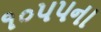
૧૦૫૫ના